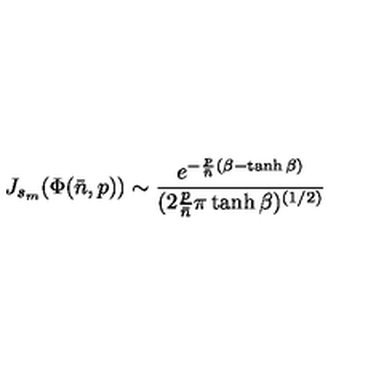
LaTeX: J _ { s _ { m } } ( \Phi ( { \bar { n } } , p ) ) \sim { \frac { e ^ { - { \frac { p } { \bar { n } } } ( \beta - \tanh \beta ) } } { ( 2 { \frac { p } { \bar { n } } } \pi \tanh \beta ) ^ { ( 1 / 2 ) } } }